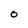
Character: O